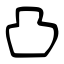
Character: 凸